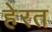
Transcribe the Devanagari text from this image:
हेरत